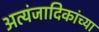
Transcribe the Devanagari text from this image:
अत्यंजादिकांच्या